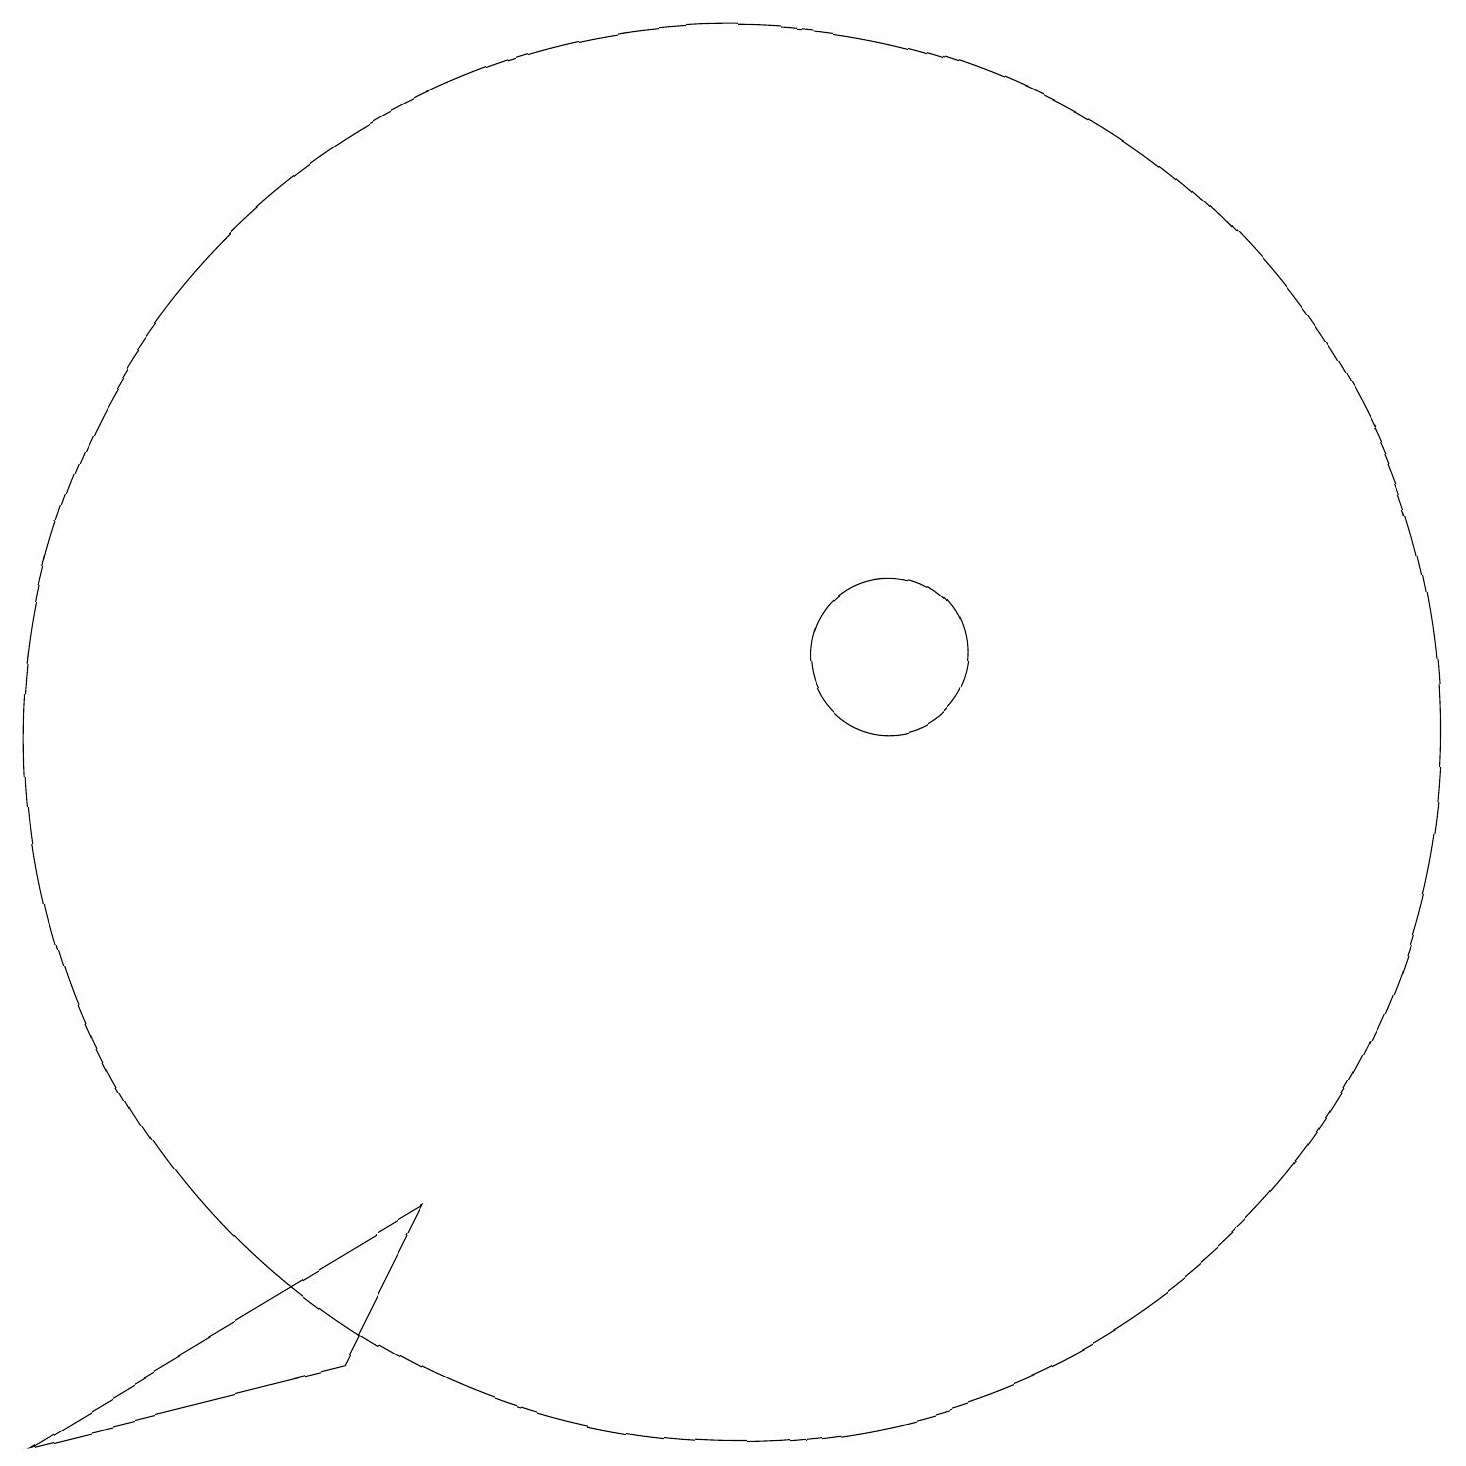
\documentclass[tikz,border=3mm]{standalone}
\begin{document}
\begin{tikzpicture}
\draw (12,11) circle (1);
\draw (10,10) circle (9);
\draw (5,2) -- (1,1) -- (6,4) -- cycle;
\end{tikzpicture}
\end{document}